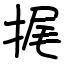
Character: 捤